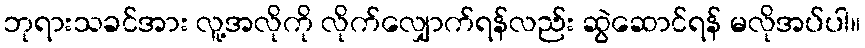
ဘုရားသခင်အား လူ့အလိုကို လိုက်လျှောက်ရန်လည်း ဆွဲဆောင်ရန် မလိုအပ်ပါ။